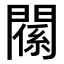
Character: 𨵺